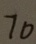
7 0